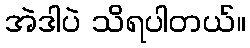
အဲဒါပဲ သိရပါတယ်။